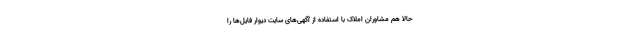
حالا هم مشاوران املاک با استفاده از آگهی‌های سایت‌ دیوار فایل‌ها را